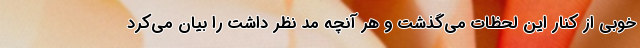
خوبی از کنار این لحظات می‌گذشت و هر آنچه مد نظر داشت را بیان می‌کرد